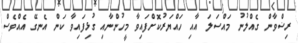
ރިޟްވާން ގެއްލުނު މައްސަލަ އާއި ހައްޔަރުކޮށްފައިވާ މީހުންނާއި ގުޅިފައިވާ ކަން އެނގޭ އެއްވެސް